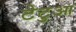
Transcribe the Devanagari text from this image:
टेटुआ